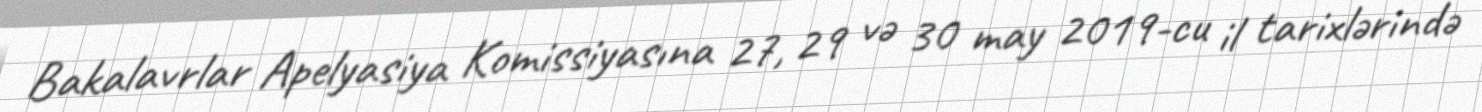
Bakalavrlar Apelyasiya Komissiyasına 27, 29 və 30 may 2019-cu il tarixlərində